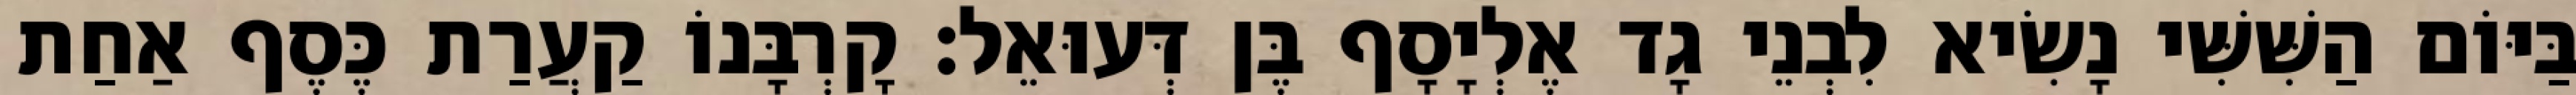
בַּיּוֹם הַשִּׁשִּׁי נָשִׂיא לִבְנֵי גָד אֶלְיָסָף בֶּן דְּעוּאֵל׃ קָרְבָּנוֹ קַעֲרַת כֶּסֶף אַחַת